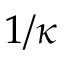
1 / \kappa